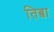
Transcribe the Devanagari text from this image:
तिब्बा